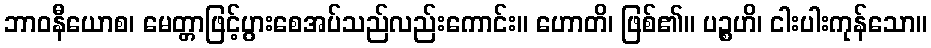
ဘာဝနီယောစ၊ မေတ္တာဖြင့်ပွားစေအပ်သည်လည်းကောင်း။ ဟောတိ၊ ဖြစ်၏။ ပဉ္စဟိ၊ ငါးပါးကုန်သော။